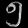
Digit: ၅